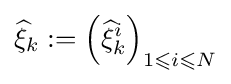
{\widehat {\xi }}_{k}:=\left({\widehat {\xi }}_{k}^{i}\right)_{1\leqslant i\leqslant N}